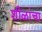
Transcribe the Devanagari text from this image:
शीळांचा